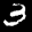
Label: 3